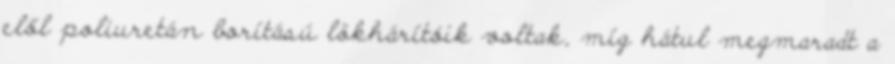
elől poliuretán borítású lökhárítóik voltak, míg hátul megmaradt a